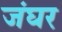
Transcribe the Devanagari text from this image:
जंघर